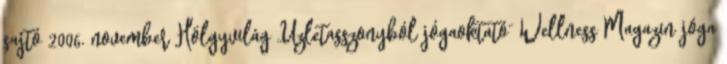
sajtó 2006. november Hölgyvilág „Üzletasszonyból jógaoktató” Wellness Magazin jóga